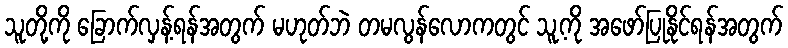
သူတို့ကို ခြောက်လှန့်ရန်အတွက် မဟုတ်ဘဲ တမလွန်လောကတွင် သူ့ကို အဖော်ပြုနိုင်ရန်အတွက်